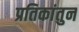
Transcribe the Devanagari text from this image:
प्रतिकांतुन